Civil Veterinary Dept. Bombay admin report 1923-31 - 1923-1931
Year: 1923
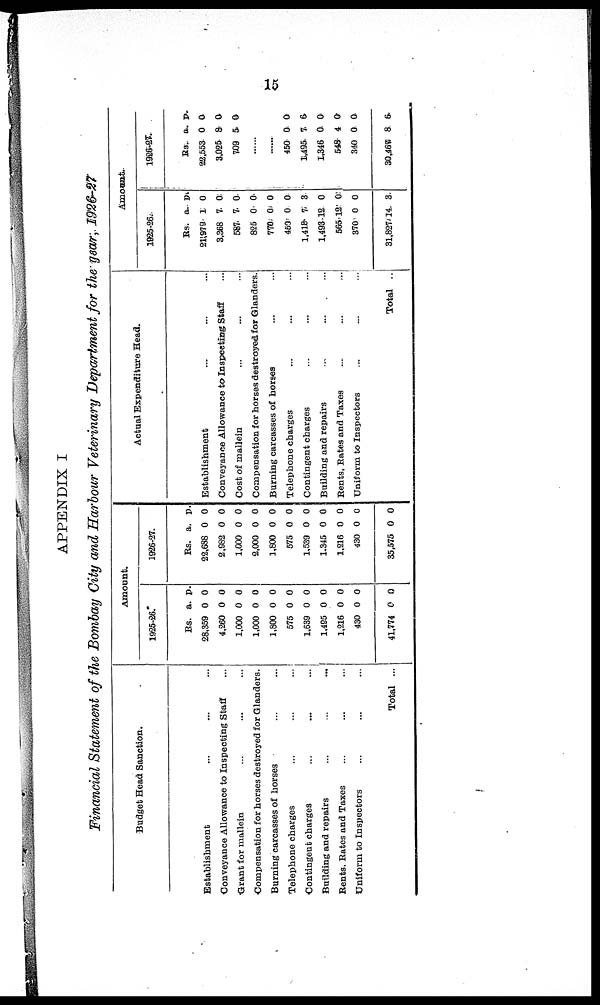
15
APPENDIX I
Financial Statement of the Bombay City and Harbour Veterinary Department for the year, 1926-27
Budget Head Sanction.
Establishment ... ... ...
Conveyance Allowance to Inspecting Staff ...
Grant for mallein ... ... ...
Compensation for horses destroyed for Glanders.
Burning carcasses of horses ... ...
Telephone charges ... ... ...
Contingent charges ... ... ...
Building and repairs ... ... ...
Bents, Rates and Taxes ... ... ...
Uniform to Inspectors ... ... ...
Total ...
Amount.
1925-26.
Rs.
28,359
4,260
1,000
1,000
1,800
575
1,639
1,495
1,216
430
41,774
a.
0
0
0
0
0
0
0
0
0
0
0
p.
0
0
0
0
0
0
0
0
0
0
0
1926-27.
Rs.
22,688
2,982
1,000
2,000
1,800
575
1,539
1.345
1,216
430
35,575
a.
0
0
0
0
0
0
0
0
0
0
0
p.
0
0
0
0
0
0
0
0
0
0
0
Actual Expenditure Head.
Establishment ... ... ...
Conveyance Allowance to Inspecting Staff ...
Cost of mallein ... ... ...
Compensation for horses destroyed for Glanders.
Burning carcasses of horses ... ...
Telephone charges ... ... ...
Contingent charges ... ... ...
Building and repairs ... ... ...
Rents, Rates and Taxes ... ... ...
Uniform to Inspectors ... ... ...
Total ...
Amount.
1925-26.
Rs.
21,979
3,368
587
825
770
450
1,418
1,493
565
370
31,827
a.
1
7
7
0
0
0
7
12
12
0
14
p.
0
0
0
0
0
0
3
0
0
0
3
1926-27.
Rs.
22,553
3,025
709
a.
0
8
5
p.
0
0
0
......
......
450
1,495
1,346
548
340
30,461
0
7
0
4
0
8
0
6
0
0
0
6